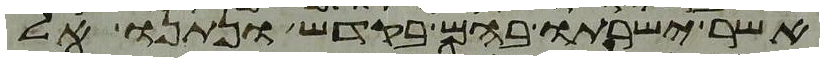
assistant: אשר ישרתו בהם בקדש ונתנו אל